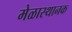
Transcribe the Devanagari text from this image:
मेळास्थानक